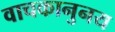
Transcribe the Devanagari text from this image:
वाचकानुनय